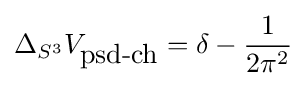
\Delta _{S^{3}}V_{\mbox{psd-ch}}=\delta -{\frac {1}{2\pi ^{2}}}